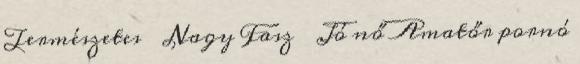
Természetes ▪ Nagy Fasz ▪ Jó nő Amatőr pornó